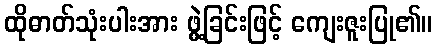
ထိုဓာတ်သုံးပါးအား ဖွဲ့ခြင်းဖြင့် ကျေးဇူးပြု၏။